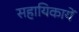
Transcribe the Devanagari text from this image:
सहायिकायें